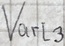
Text: Varl3